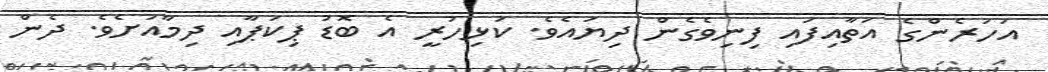
އަހަރެންގެ އަތާއިފައި ފިނިވެގެން ދިޔައެވެ. ކަޅިހުރީ އެ ބޮޑު ޕިކަޕާއި ދިމާއަށެވެ. ދެން